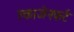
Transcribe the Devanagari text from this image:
क्लाजेनफर्ट